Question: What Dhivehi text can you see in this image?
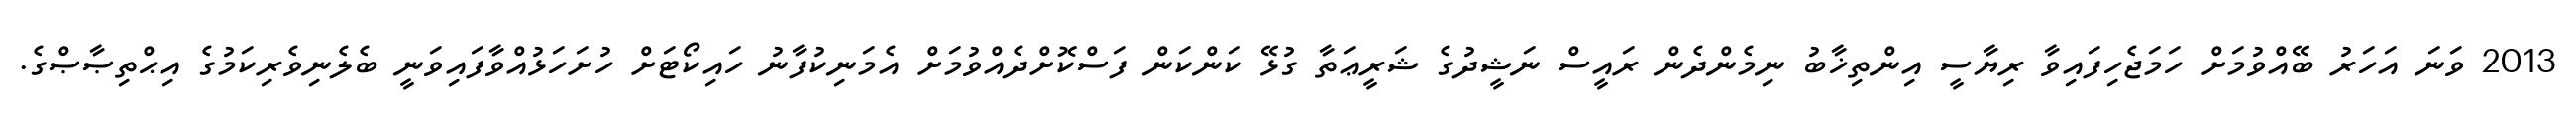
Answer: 2013 ވަނަ އަހަރު ބޭއްވުމަށް ހަމަޖެހިފައިވާ ރިޔާސީ އިންތިޚާބު ނިމެންދެން ރައީސް ނަޝީދުގެ ޝަރީޢަތާ ގުޅޭ ކަންކަން ފަސްކޮށްދެއްވުމަށް އެމަނިކުފާނު ހައިކޯޓަށް ހުށަހަޅުއްވާފައިވަނީ ބެލެނިވެރިކަމުގެ އިޙްތިޞާޞްގެ.